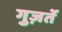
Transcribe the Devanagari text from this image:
गुज़र्ते